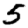
Digit: 5